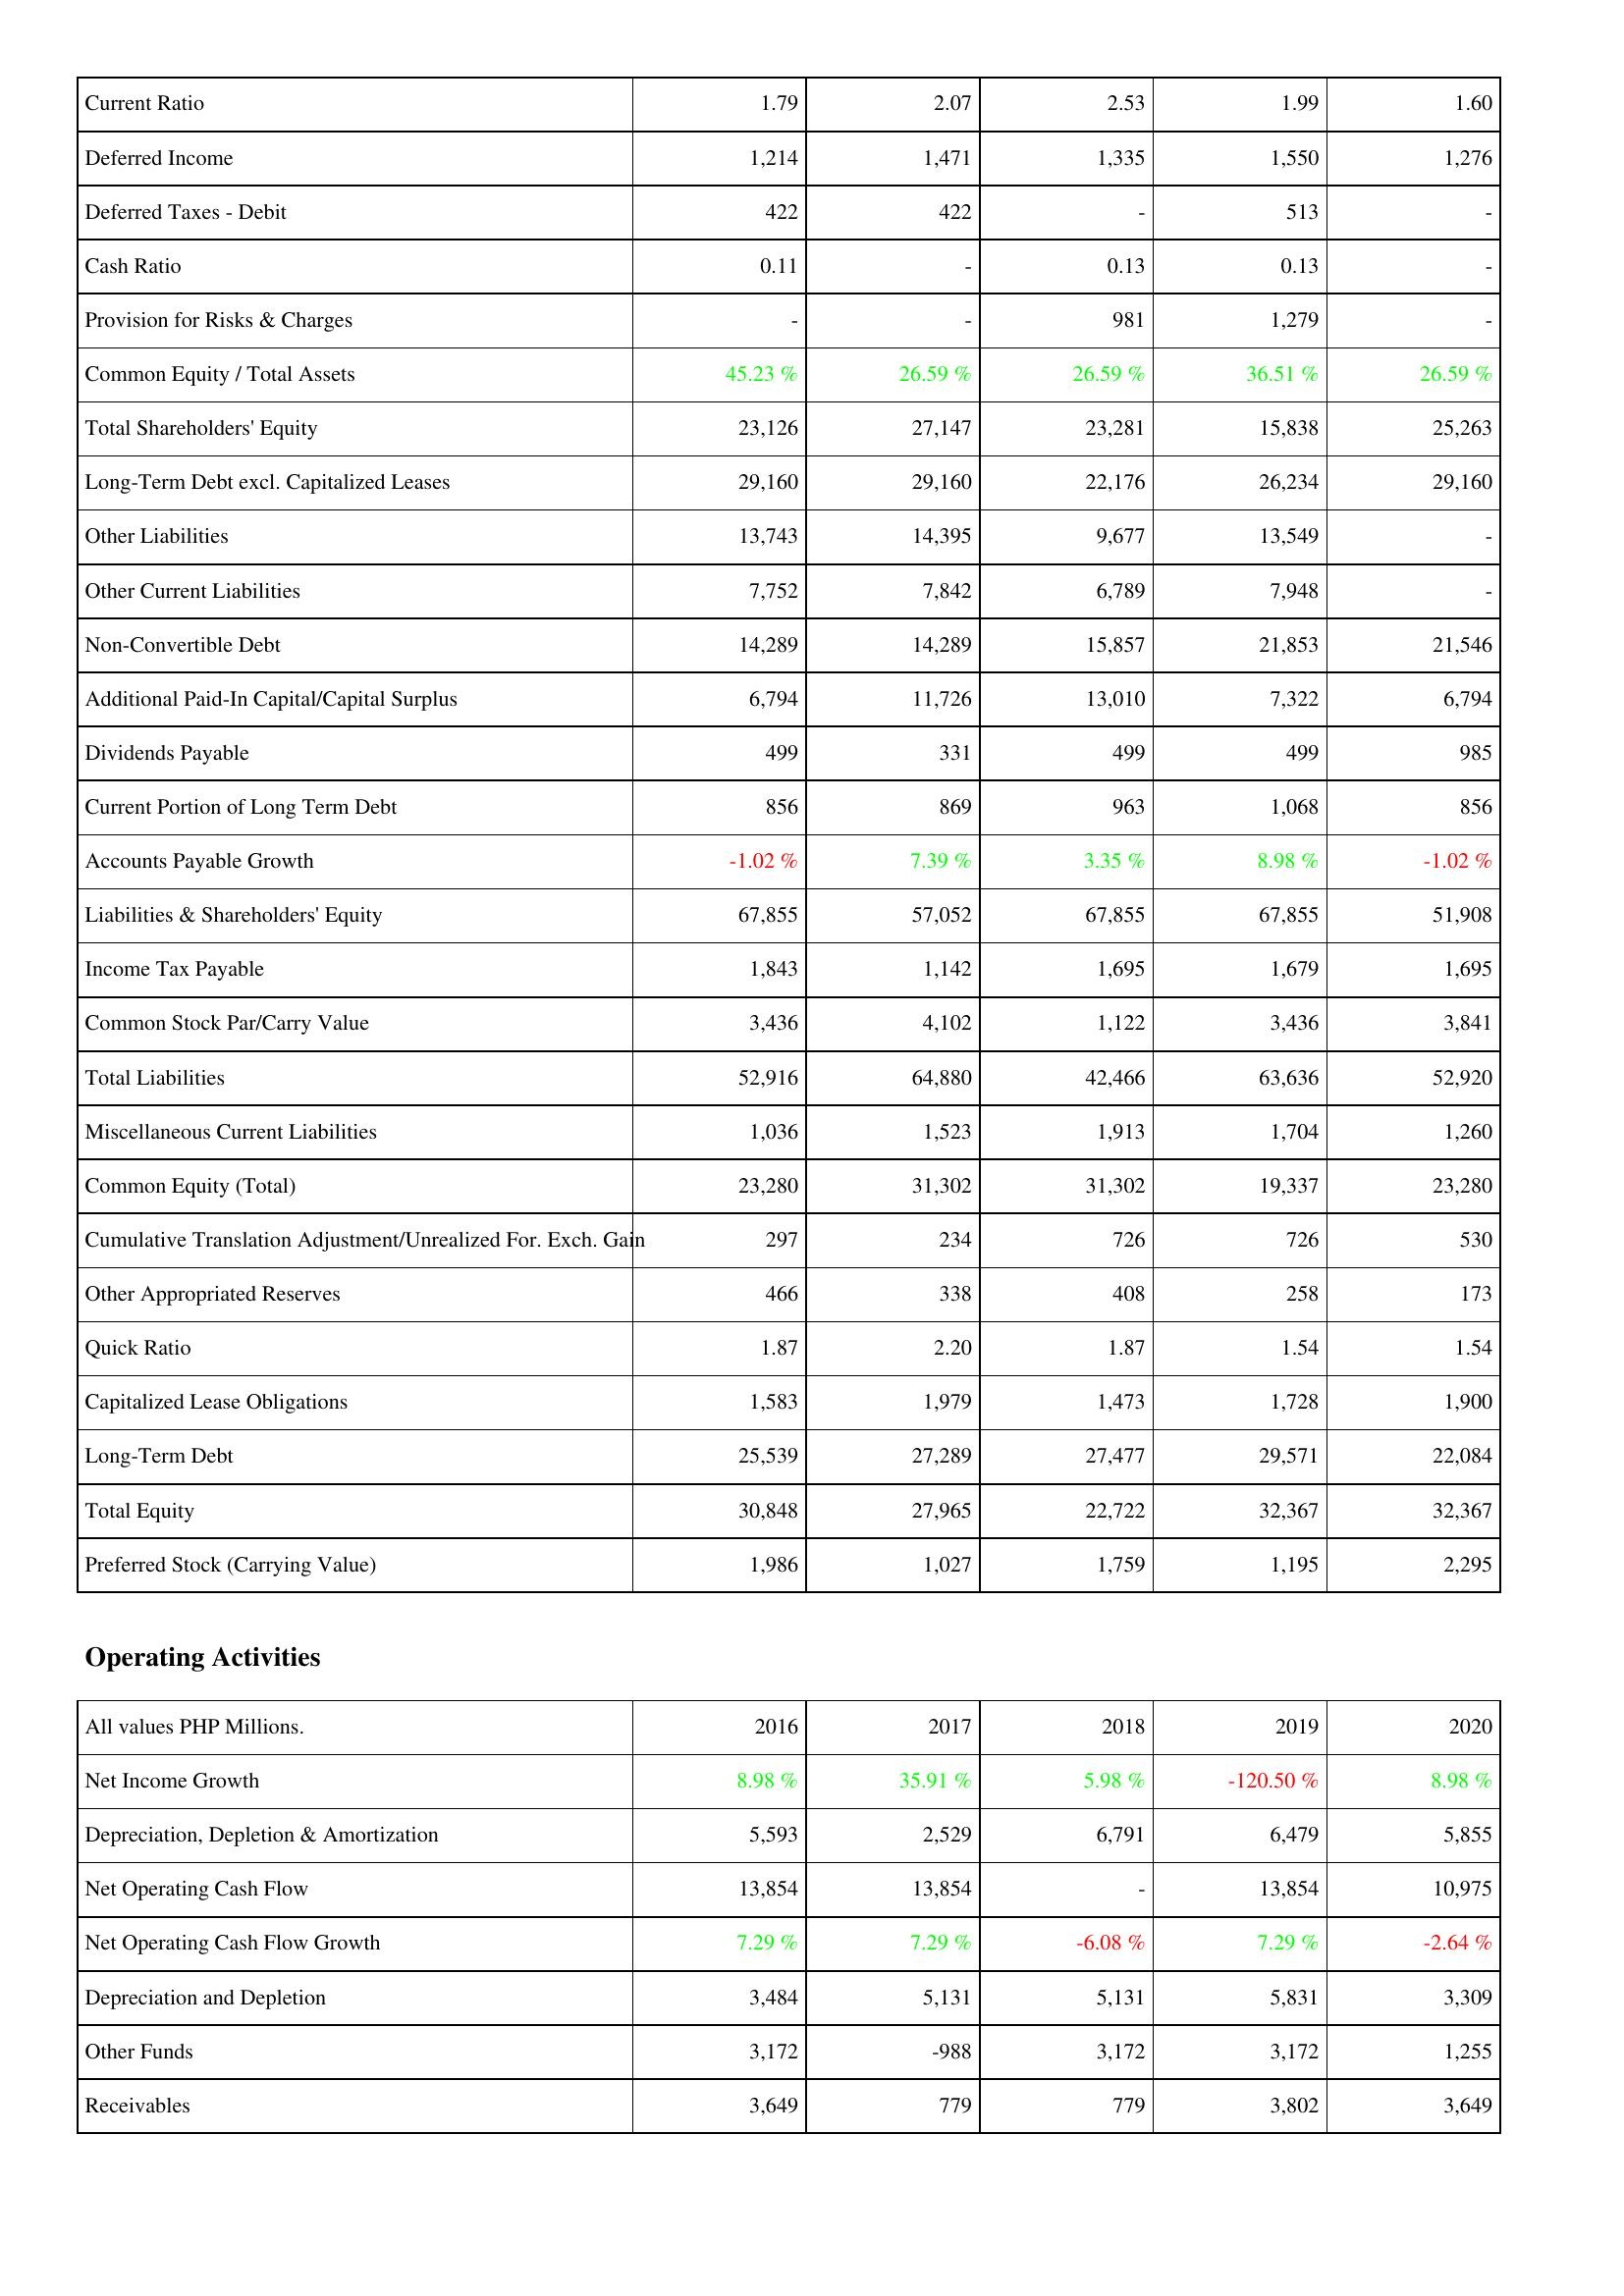
2016: Liabilities & Shareholders' Equity: Current Ratio: 1.79
Deferred Income: 1,214
Deferred Taxes - Debit: 422
Cash Ratio: 0.11
Provision for Risks & Charges: -
Common Equity / Total Assets: 45.23 %
Total Shareholders' Equity: 23,126
Long-Term Debt excl. Capitalized Leases: 29,160
Other Liabilities: 13,743
Other Current Liabilities: 7,752
Non-Convertible Debt: 14,289
Additional Paid-In Capital/Capital Surplus: 6,794
Dividends Payable: 499
Current Portion of Long Term Debt: 856
Accounts Payable Growth: -1.02 %
Liabilities & Shareholders' Equity: 67,855
Income Tax Payable: 1,843
Common Stock Par/Carry Value: 3,436
Total Liabilities: 52,916
Miscellaneous Current Liabilities: 1,036
Common Equity (Total): 23,280
Cumulative Translation Adjustment/Unrealized For. Exch. Gain: 297
Other Appropriated Reserves: 466
Quick Ratio: 1.87
Capitalized Lease Obligations: 1,583
Long-Term Debt: 25,539
Total Equity: 30,848
Preferred Stock (Carrying Value): 1,986
Operating Activities: Net Income Growth: 8.98 %
Depreciation, Depletion & Amortization: 5,593
Net Operating Cash Flow: 13,854
Net Operating Cash Flow Growth: 7.29 %
Depreciation and Depletion: 3,484
Other Funds: 3,172
Receivables: 3,649
2017: Liabilities & Shareholders' Equity: Current Ratio: 2.07
Deferred Income: 1,471
Deferred Taxes - Debit: 422
Cash Ratio: -
Provision for Risks & Charges: -
Common Equity / Total Assets: 26.59 %
Total Shareholders' Equity: 27,147
Long-Term Debt excl. Capitalized Leases: 29,160
Other Liabilities: 14,395
Other Current Liabilities: 7,842
Non-Convertible Debt: 14,289
Additional Paid-In Capital/Capital Surplus: 11,726
Dividends Payable: 331
Current Portion of Long Term Debt: 869
Accounts Payable Growth: 7.39 %
Liabilities & Shareholders' Equity: 57,052
Income Tax Payable: 1,142
Common Stock Par/Carry Value: 4,102
Total Liabilities: 64,880
Miscellaneous Current Liabilities: 1,523
Common Equity (Total): 31,302
Cumulative Translation Adjustment/Unrealized For. Exch. Gain: 234
Other Appropriated Reserves: 338
Quick Ratio: 2.20
Capitalized Lease Obligations: 1,979
Long-Term Debt: 27,289
Total Equity: 27,965
Preferred Stock (Carrying Value): 1,027
Operating Activities: Net Income Growth: 35.91 %
Depreciation, Depletion & Amortization: 2,529
Net Operating Cash Flow: 13,854
Net Operating Cash Flow Growth: 7.29 %
Depreciation and Depletion: 5,131
Other Funds: -988
Receivables: 779
2018: Liabilities & Shareholders' Equity: Current Ratio: 2.53
Deferred Income: 1,335
Deferred Taxes - Debit: -
Cash Ratio: 0.13
Provision for Risks & Charges: 981
Common Equity / Total Assets: 26.59 %
Total Shareholders' Equity: 23,281
Long-Term Debt excl. Capitalized Leases: 22,176
Other Liabilities: 9,677
Other Current Liabilities: 6,789
Non-Convertible Debt: 15,857
Additional Paid-In Capital/Capital Surplus: 13,010
Dividends Payable: 499
Current Portion of Long Term Debt: 963
Accounts Payable Growth: 3.35 %
Liabilities & Shareholders' Equity: 67,855
Income Tax Payable: 1,695
Common Stock Par/Carry Value: 1,122
Total Liabilities: 42,466
Miscellaneous Current Liabilities: 1,913
Common Equity (Total): 31,302
Cumulative Translation Adjustment/Unrealized For. Exch. Gain: 726
Other Appropriated Reserves: 408
Quick Ratio: 1.87
Capitalized Lease Obligations: 1,473
Long-Term Debt: 27,477
Total Equity: 22,722
Preferred Stock (Carrying Value): 1,759
Operating Activities: Net Income Growth: 5.98 %
Depreciation, Depletion & Amortization: 6,791
Net Operating Cash Flow: -
Net Operating Cash Flow Growth: -6.08 %
Depreciation and Depletion: 5,131
Other Funds: 3,172
Receivables: 779
2019: Liabilities & Shareholders' Equity: Current Ratio: 1.99
Deferred Income: 1,550
Deferred Taxes - Debit: 513
Cash Ratio: 0.13
Provision for Risks & Charges: 1,279
Common Equity / Total Assets: 36.51 %
Total Shareholders' Equity: 15,838
Long-Term Debt excl. Capitalized Leases: 26,234
Other Liabilities: 13,549
Other Current Liabilities: 7,948
Non-Convertible Debt: 21,853
Additional Paid-In Capital/Capital Surplus: 7,322
Dividends Payable: 499
Current Portion of Long Term Debt: 1,068
Accounts Payable Growth: 8.98 %
Liabilities & Shareholders' Equity: 67,855
Income Tax Payable: 1,679
Common Stock Par/Carry Value: 3,436
Total Liabilities: 63,636
Miscellaneous Current Liabilities: 1,704
Common Equity (Total): 19,337
Cumulative Translation Adjustment/Unrealized For. Exch. Gain: 726
Other Appropriated Reserves: 258
Quick Ratio: 1.54
Capitalized Lease Obligations: 1,728
Long-Term Debt: 29,571
Total Equity: 32,367
Preferred Stock (Carrying Value): 1,195
Operating Activities: Net Income Growth: -120.50 %
Depreciation, Depletion & Amortization: 6,479
Net Operating Cash Flow: 13,854
Net Operating Cash Flow Growth: 7.29 %
Depreciation and Depletion: 5,831
Other Funds: 3,172
Receivables: 3,802
2020: Liabilities & Shareholders' Equity: Current Ratio: 1.60
Deferred Income: 1,276
Deferred Taxes - Debit: -
Cash Ratio: -
Provision for Risks & Charges: -
Common Equity / Total Assets: 26.59 %
Total Shareholders' Equity: 25,263
Long-Term Debt excl. Capitalized Leases: 29,160
Other Liabilities: -
Other Current Liabilities: -
Non-Convertible Debt: 21,546
Additional Paid-In Capital/Capital Surplus: 6,794
Dividends Payable: 985
Current Portion of Long Term Debt: 856
Accounts Payable Growth: -1.02 %
Liabilities & Shareholders' Equity: 51,908
Income Tax Payable: 1,695
Common Stock Par/Carry Value: 3,841
Total Liabilities: 52,920
Miscellaneous Current Liabilities: 1,260
Common Equity (Total): 23,280
Cumulative Translation Adjustment/Unrealized For. Exch. Gain: 530
Other Appropriated Reserves: 173
Quick Ratio: 1.54
Capitalized Lease Obligations: 1,900
Long-Term Debt: 22,084
Total Equity: 32,367
Preferred Stock (Carrying Value): 2,295
Operating Activities: Net Income Growth: 8.98 %
Depreciation, Depletion & Amortization: 5,855
Net Operating Cash Flow: 10,975
Net Operating Cash Flow Growth: -2.64 %
Depreciation and Depletion: 3,309
Other Funds: 1,255
Receivables: 3,649